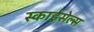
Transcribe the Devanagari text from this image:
स्काईसेल्स